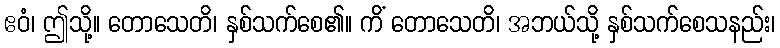
ဧဝံ၊ ဤသို့။ တောသေတိ၊ နှစ်သက်စေ၏။ ကိံ တောသေတိ၊ အဘယ်သို့ နှစ်သက်စေသနည်း၊